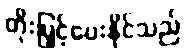
တိုးမြှင့်ပေးနိုင်သည်